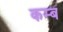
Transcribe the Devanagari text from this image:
कम्ब